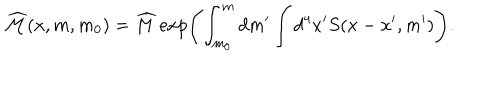
\widehat { { \cal M } } ( x , m , m _ { 0 } ) = \widehat { M } \exp \Biggl ( \int _ { m _ { 0 } } ^ { m } d m ^ { \prime } \int d ^ { 4 } x ^ { \prime } S ( x - x ^ { \prime } , m ^ { \prime } ) \Biggr ) .